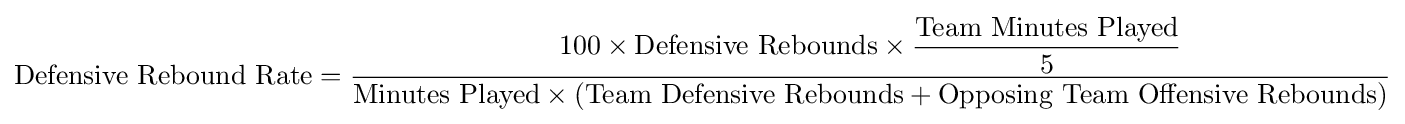
{\text{Defensive Rebound Rate}}={\dfrac {100\times {\text{Defensive Rebounds}}\times {\dfrac {\text{Team Minutes Played}}{5}}}{{\text{Minutes Played}}\times \left({\text{Team Defensive Rebounds}}+{\text{Opposing Team Offensive Rebounds}}\right)}}